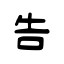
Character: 告